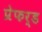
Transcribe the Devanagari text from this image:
प्रेफर्ड